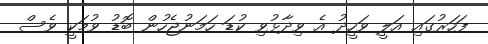
ފަހަރުގައި އަލީ ވަހީދު އެ ވިދާޅުވި ކުޑަ ހަމަނުޖެހުން ބޮޑު ވުމަކީ ވެސް